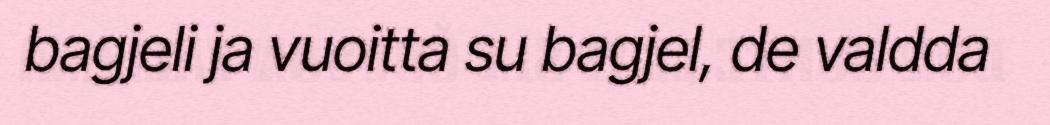
bagjeli ja vuoitta su bagjel, de valdda